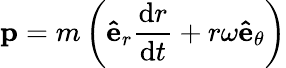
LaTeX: \mathbf{p}=m\left(\mathbf{\hat{e}}_{r}{\frac{\mathrm{d}r}{\mathrm{d}t}}+r\omega\mathbf{\hat{e}}_{\theta}\right)